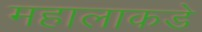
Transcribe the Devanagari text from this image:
महालाकडे